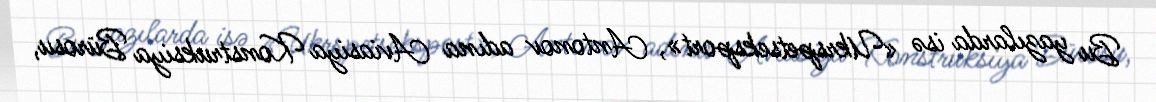
Bu yazılarda isə «Ukrspetseksport», Antonov adına Aviasiya Konstruksiya Bürosu,